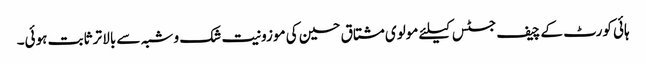
ہائی کورٹ کے چیف جسٹس کیلئے مولوی مشتاق حسین کی موزونیت شک و شبہ سے بالا تر ثابت ہوئی۔